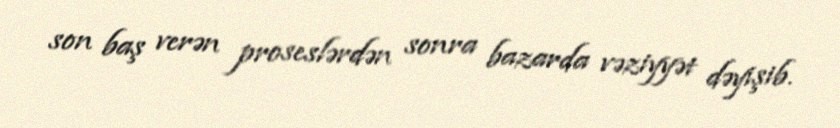
son baş verən proseslərdən sonra bazarda vəziyyət dəyişib.